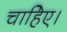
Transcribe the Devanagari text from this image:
चाहिेए।